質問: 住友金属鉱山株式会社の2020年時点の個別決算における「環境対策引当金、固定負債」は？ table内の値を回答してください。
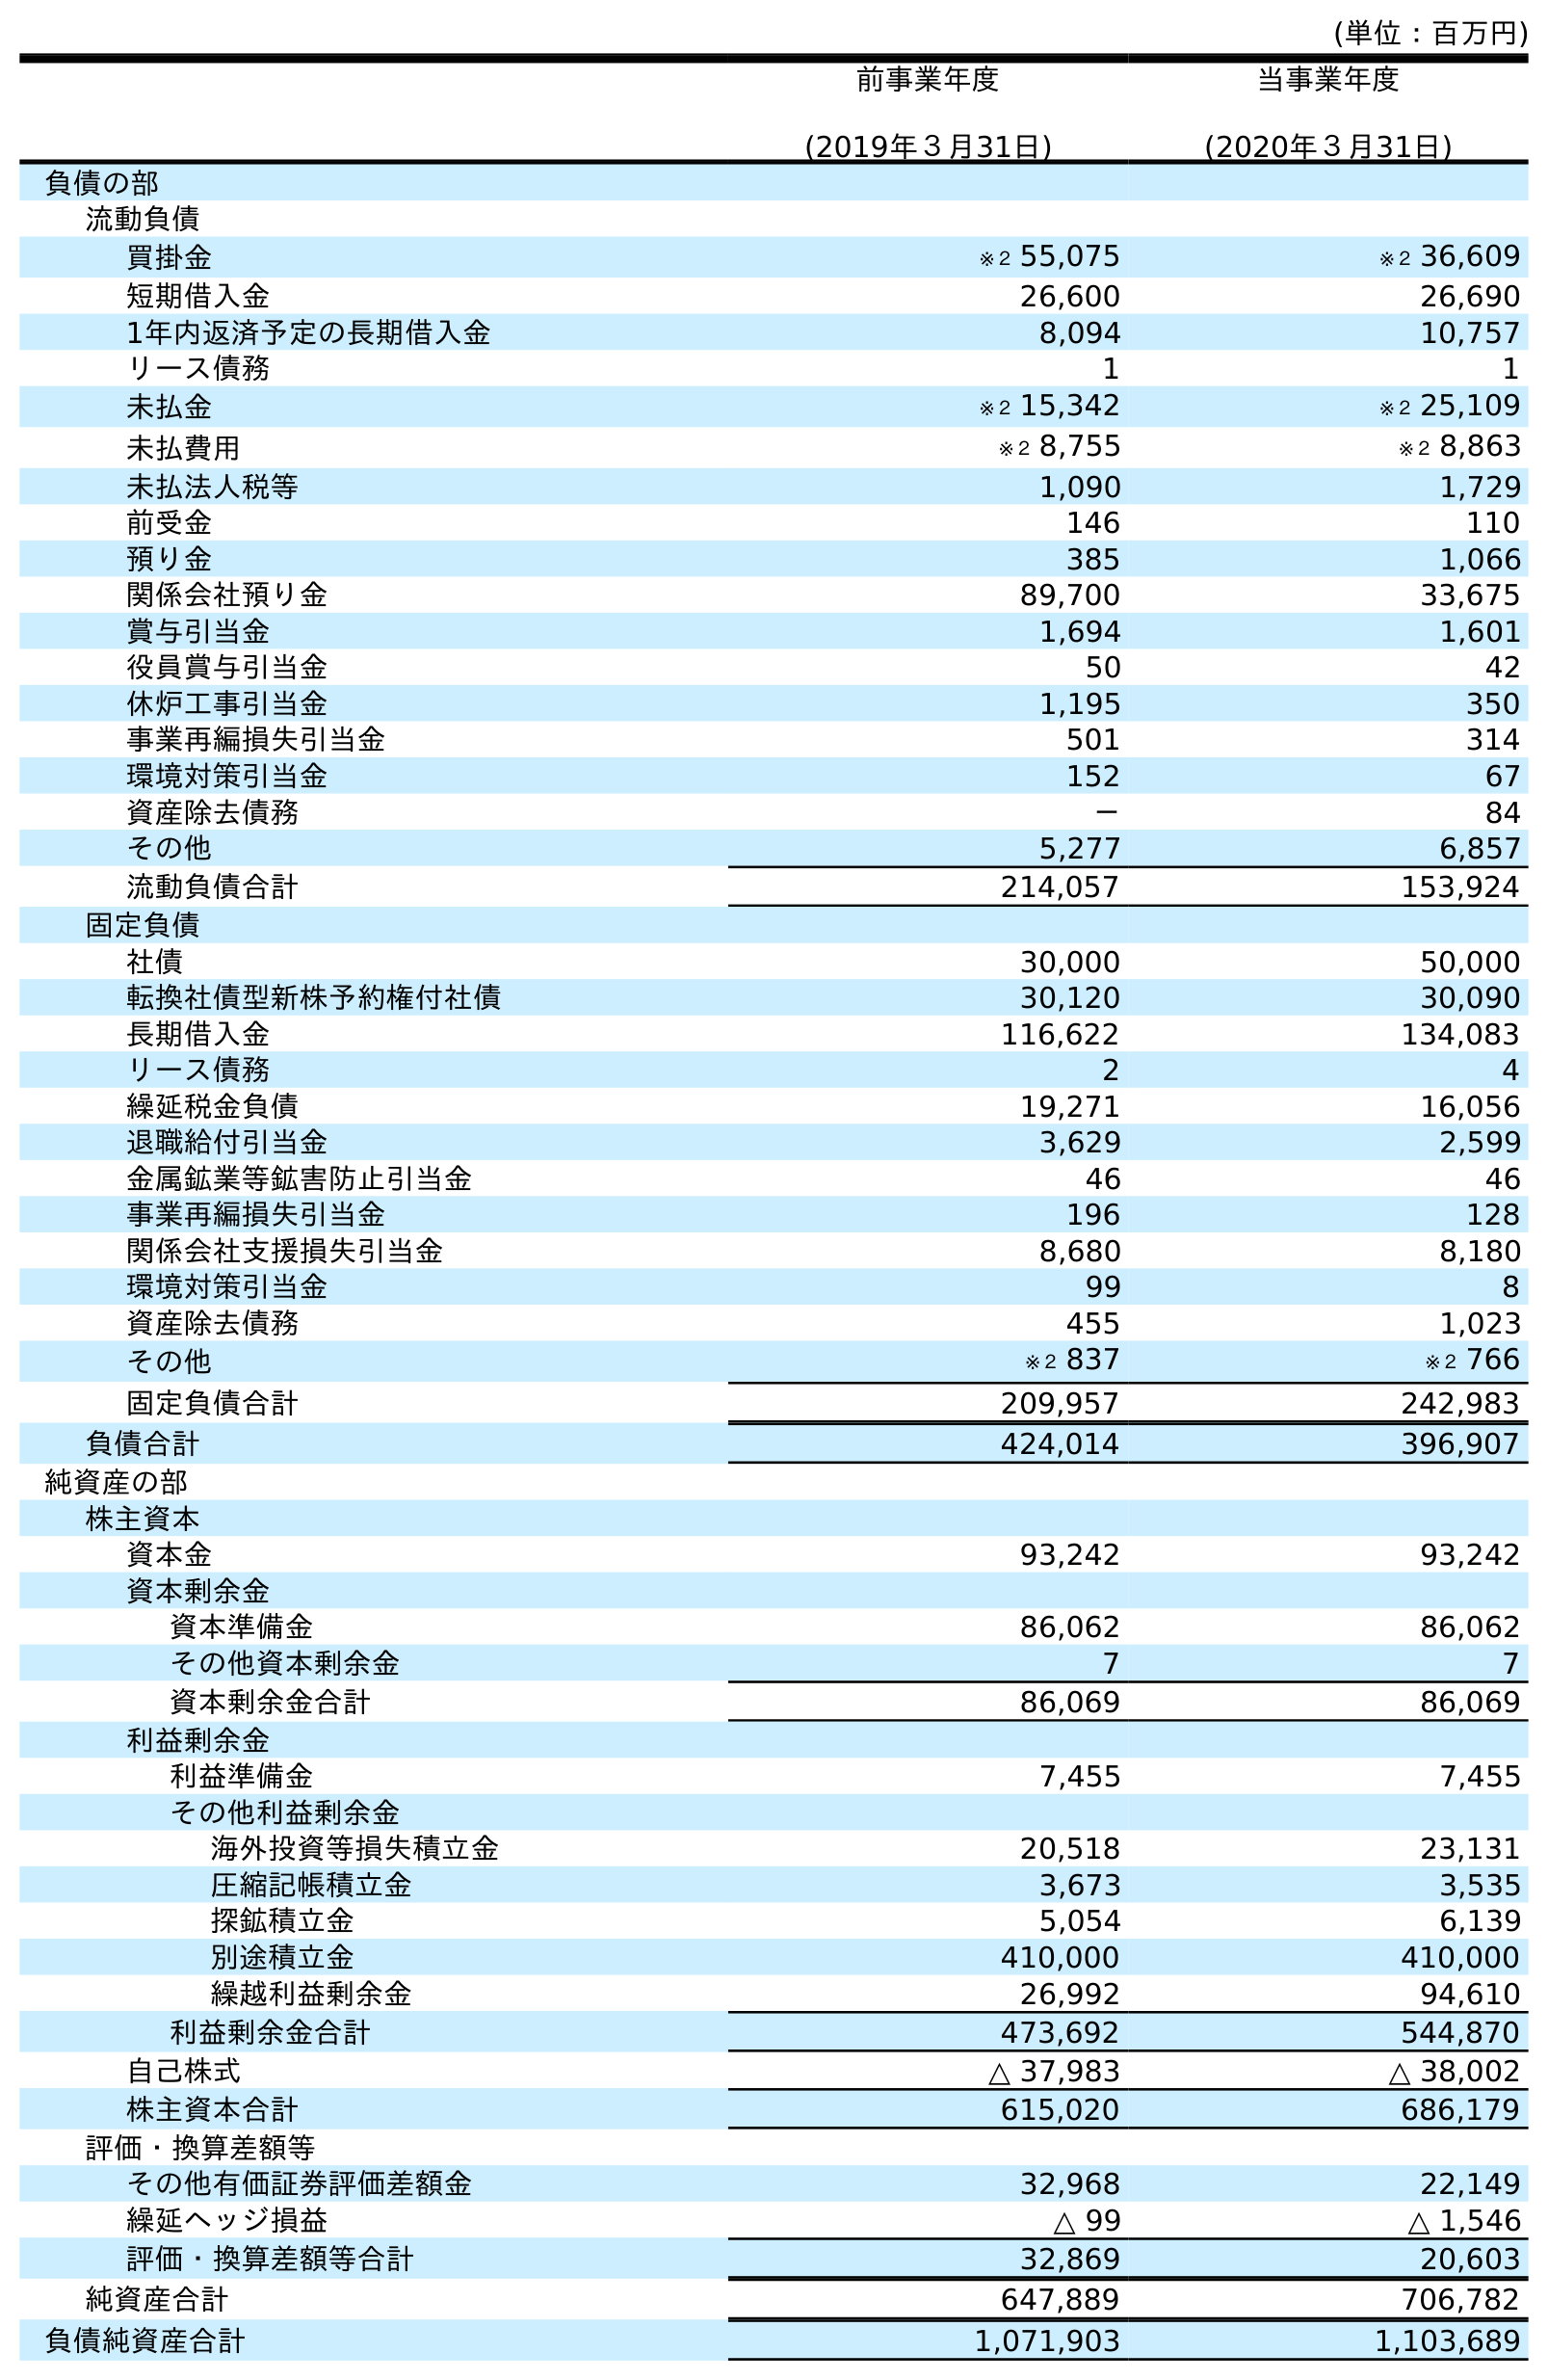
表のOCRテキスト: (単位：百万円) 前事業年度 (2019年３月31日) 当事業年度 (2020年３月31日) 負債の部 流動負債 買掛金 ※２ 55,075 ※２ 36,609 短期借入金 26,600 26,690 1年内返済予定の長期借入金 8,094 10,757 リース債務 1 1 未払金 ※２ 15,342 ※２ 25,109 未払費用 ※２ 8,755 ※２ 8,863 未払法人税等 1,090 1,729 前受金 146 110 預り金 385 1,066 関係会社預り金 89,700 33,675 賞与引当金 1,694 1,601 役員賞与引当金 50 42 休炉工事引当金 1,195 350 事業再編損失引当金 501 314 環境対策引当金 152 67 資産除去債務 － 84 その他 5,277 6,857 流動負債合計 214,057 153,924 固定負債 社債 30,000 50,000 転換社債型新株予約権付社債 30,120 30,090 長期借入金 116,622 134,083 リース債務 2 4 繰延税金負債 19,271 16,056 退職給付引当金 3,629 2,599 金属鉱業等鉱害防止引当金 46 46 事業再編損失引当金 196 128 関係会社支援損失引当金 8,680 8,180 環境対策引当金 99 8 資産除去債務 455 1,023 その他 ※２ 837 ※２ 766 固定負債合計 209,957 242,983 負債合計 424,014 396,907 純資産の部 株主資本 資本金 93,242 93,242 資本剰余金 資本準備金 86,062 86,062 その他資本剰余金 7 7 資本剰余金合計 86,069 86,069 利益剰余金 利益準備金 7,455 7,455 その他利益剰余金 海外投資等損失積立金 20,518 23,131 圧縮記帳積立金 3,673 3,535 探鉱積立金 5,054 6,139 別途積立金 410,000 410,000 繰越利益剰余金 26,992 94,610 利益剰余金合計 473,692 544,870 自己株式 △ 37,983 △ 38,002 株主資本合計 615,020 686,179 評価・換算差額等 その他有価証券評価差額金 32,968 22,149 繰延ヘッジ損益 △ 99 △ 1,546 評価・換算差額等合計 32,869 20,603 純資産合計 647,889 706,782 負債純資産合計 1,071,903 1,103,689
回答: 8